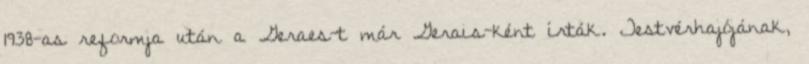
1938-as reformja után a Geraes-t már Gerais-ként írták. Testvérhajójának,